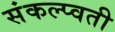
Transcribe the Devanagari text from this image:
संकल्प्वती